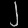
Digit: ၂